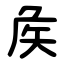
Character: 矦